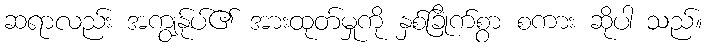
ဆရာလည်း အကျွန်ုပ်၏ အားထုတ်မှုကို နှစ်ခြိုက်စွာ စကား ဆိုပါ သည်။